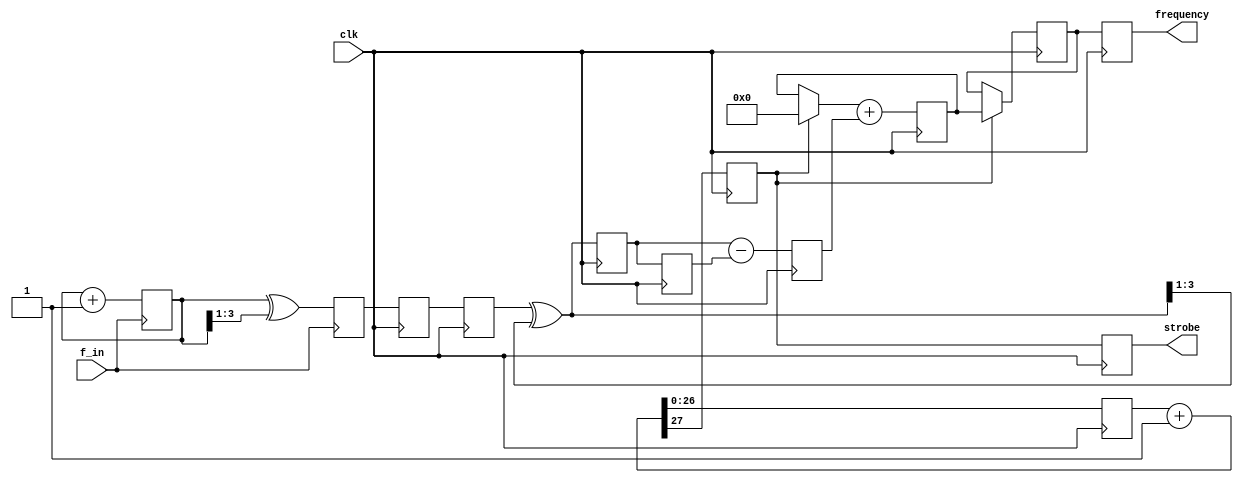
`timescale 1ns / 1ns

module freq_count2(
	// input clocks
	input f_in,  // timespec 8.0 ns
	input clk,

	// output
	output reg [31:0] frequency,
	output reg strobe
);

// 125 MHz clk / 2^27 = 0.931 Hz update
// reduce this for testing
parameter REFCNT_WIDTH=27;

initial begin
	frequency=0;
	strobe=0;
end

// four-bit Gray code counter on the input signal
// http://en.wikipedia.org/wiki/Gray_code
reg [3:0] bin1=0, gray1=0;
always @(posedge f_in) begin
	bin1 <= bin1 + 1;
	gray1 <= bin1 ^ {1'b0, bin1[3:1]};
end

// transfer that Gray code to the measurement clock domain
reg [3:0] gray2=0, gray3=0;
always @(posedge clk) begin
	gray2 <= gray1;
	gray3 <= gray2;
end

wire [3:0] bin3 = gray3 ^ {1'b0, bin3[3:1]}; // convert Gray to binary

reg [3:0] bin4=0, bin5=0, diff1=0;
always @(posedge clk) begin
	bin4 <= bin3;
	bin5 <= bin4;
	diff1 <= bin4-bin5;
end

// I'd like to histogram diff1, but for now just accumulate it.
// Also make it available to stream to host at 24 MByte/sec, might be
// especially interesting when reprogramming the AD9512.
reg [31:0] accum=0, result=0;
reg [REFCNT_WIDTH-1:0] refcnt=0;
reg ref_carry=0;
always @(posedge clk) begin
	{ref_carry, refcnt} <= refcnt + 1;
	accum <= (ref_carry ? 0 : accum) + diff1;
	if (ref_carry) result <= accum;
end

// Latch/pipeline one more time to perimeter of this module
// to make routing easier
always @(posedge clk) begin
	frequency <= result;
	strobe <= ref_carry;
end

endmodule